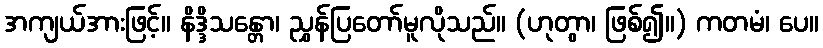
အကျယ်အားဖြင့်။ နိဒ္ဒိသန္တော၊ ညွှန်ပြတော်မူလိုသည်။ (ဟုတွာ၊ ဖြစ်၍။) ကတမံ၊ ပေ။